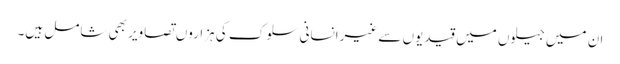
ان میں جیلوں میں قیدیوں سے غیرانسانی سلوک کی ہزاروں تصاویر بھی شامل ہیں۔